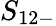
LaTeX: S_{12-}